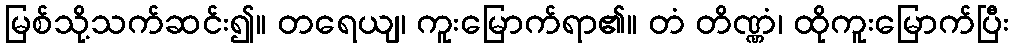
မြစ်သို့သက်ဆင်း၍။ တရေယျ၊ ကူးမြောက်ရာ၏။ တံ တိဏ္ဏံ၊ ထိုကူးမြောက်ပြီး